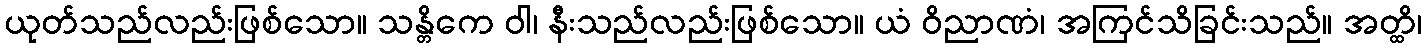
ယုတ်သည်လည်းဖြစ်သော။ သန္တိကေ ဝါ၊ နီးသည်လည်းဖြစ်သော။ ယံ ဝိညာဏံ၊ အကြင်သိခြင်းသည်။ အတ္ထိ၊